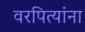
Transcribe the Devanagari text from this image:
वरपित्यांना